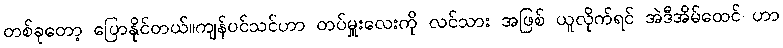
တစ်ခုတော့ ပြောနိုင်တယ်။ကျန်ပင်သင်ဟာ တပ်မှူးလေးကို လင်သား အဖြစ် ယူလိုက်ရင် အဲဒီအိမ်ထေင် ဟာ